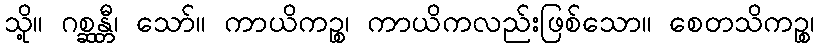
သို့။ ဂစ္ဆန္တီ၊ သော်။ ကာယိကဉ္စ၊ ကာယိကလည်းဖြစ်သော။ စေတသိကဉ္စ၊